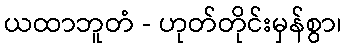
ယထာဘူတံ - ဟုတ်တိုင်းမှန်စွာ၊